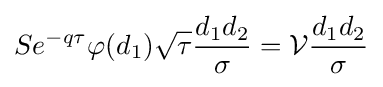
Se^{-q\tau }\varphi (d_{1}){\sqrt {\tau }}{\frac {d_{1}d_{2}}{\sigma }}={\mathcal {V}}{\frac {d_{1}d_{2}}{\sigma }}